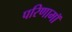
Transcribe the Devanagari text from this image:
परिणामॉ